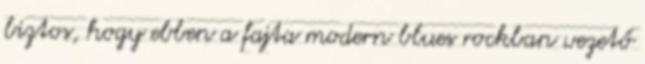
biztos, hogy ebben a fajta modern blues rockban vezető